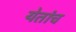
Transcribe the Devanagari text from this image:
येतांच